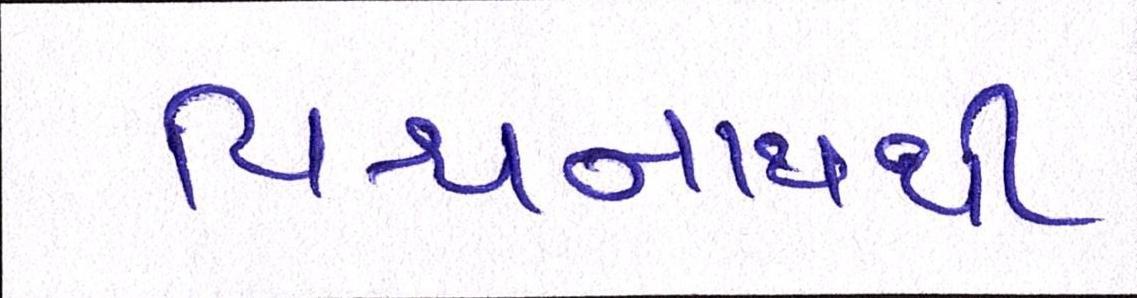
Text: વિશ્વનાથથી